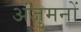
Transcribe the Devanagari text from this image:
अंजुमनों